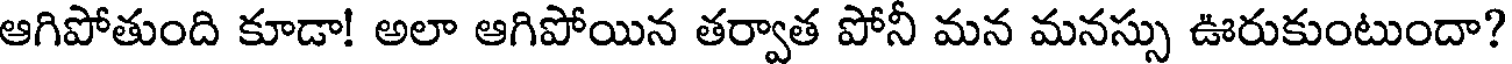
ఆగిపోతుంది కూడా! అలా ఆగిపోయిన తర్వాత పోనీ మన మనస్సు ఊరుకుంటుందా?